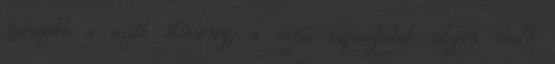
nehezebb a saját élmény, a saját tapasztalat útján való